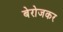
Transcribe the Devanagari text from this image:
बेरोजकर